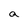
Character: a